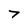
Character: 7